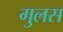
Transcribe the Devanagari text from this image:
गुलस